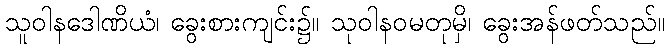
သူဝါနဒေါဏိယံ၊ ခွေးစားကျင်း၌။ သုဝါနဝမတုမှိ၊ ခွေးအန်ဖတ်သည်။